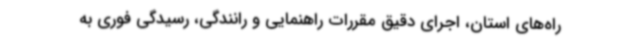
راه‌های استان، اجرای دقیق مقررات راهنمایی و رانندگی، رسیدگی فوری به